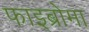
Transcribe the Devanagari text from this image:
फाइब्रोमा